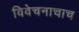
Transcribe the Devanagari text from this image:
विवेचनाचाच